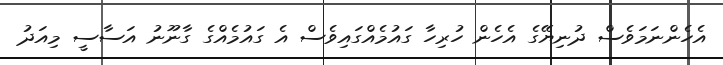
އެހެންނަމަވެސް ދުނިޔޭގެ އެހެން ހުރިހާ ގައުމެއްގައިވެސް އެ ގައުމެއްގެ ގާނޫނު އަސާސީ މިއަދު